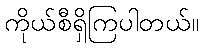
ကိုယ်စီရှိကြပါတယ်။